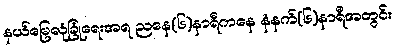
နယ်မြေလုံခြုံရေးအရ ညနေ(၆)နာရီကနေ နံနက်(၆)နာရီအတွင်း